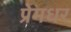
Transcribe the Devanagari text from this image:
प्रेमधर